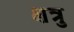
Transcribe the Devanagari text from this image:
क्षत्रु